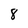
Character: 8